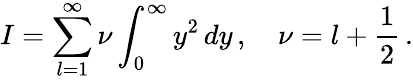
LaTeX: I=\sum_{l=1}^{\infty}\nu\int_{0}^{\infty}y^{2}\, dy\, ,\quad\nu=l+\frac{1}{2}\, {.}